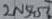
Text: 2N5457